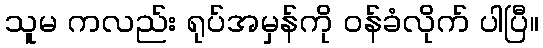
သူမ ကလည်း ရုပ်အမှန်ကို ဝန်ခံလိုက် ပါပြီ။